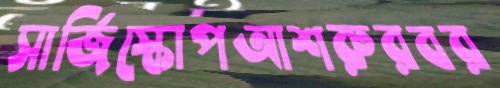
সার্জিস্কোপআশরুরবর